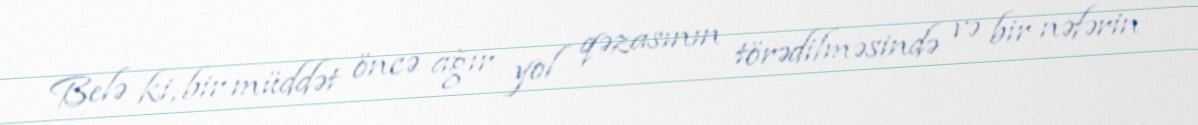
Belə ki, bir müddət öncə ağır yol qəzasının törədilməsində və bir nəfərin